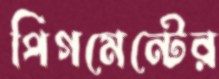
পিগমেন্টের